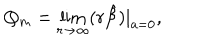
LaTeX: Q _ { m } = \lim _ { r \to \infty } ( r \hat { \cal B } ) | _ { a = 0 } ,